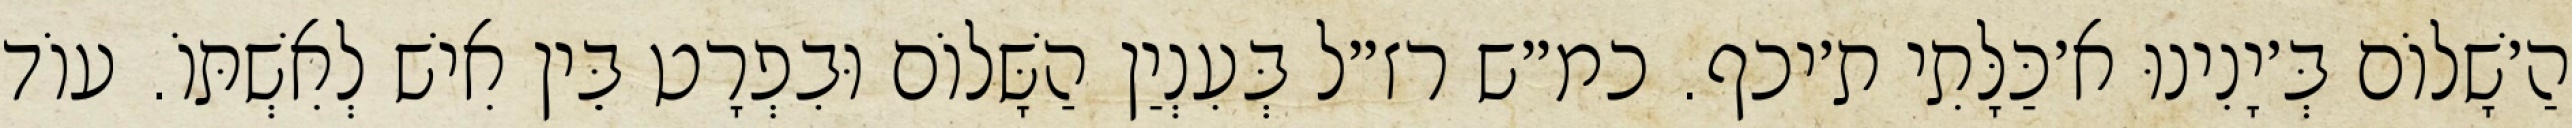
הַ׳שָׁלוֹם בְּ׳יָנִינוּ א׳כַּלָּתִי ת׳יכף. כמ״ש רז״ל בְּעִנְיַן הַשָּׁלוֹם וּבִפְרָט בֵּין אִישׁ לְאִשְׁתּוֹ. עוֹד